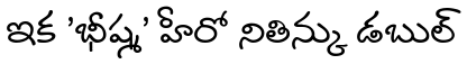
ఇక 'భీష్మ' హీరో నితిన్కు డబుల్